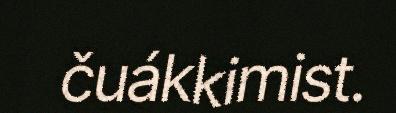
čuákkimist.